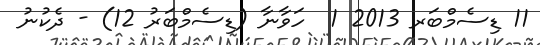
11 ޑިސެމްބަރ 2013 1  ހަވާނާ (ޑިސެމްބަރު 12) - ދެކުނު